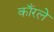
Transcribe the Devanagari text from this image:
काँरले